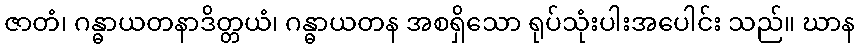
ဇာတံ၊ ဂန္ဓာယတနာဒိတ္တယံ၊ ဂန္ဓာယတန အစရှိသော ရုပ်သုံးပါးအပေါင်း သည်။ ဃာန